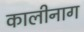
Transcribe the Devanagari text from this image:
कालीनाग